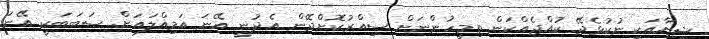
ޝިޔާއަކީ ނުކުޅެދޭ ކުއްޖެއްކަން ތިމީހުންނަށް ސިއްރުކޮށްދޭން އެދުނީ އޭނަ އަމިއްލައަށް. ސަބަބަކީ އޭނަ